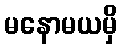
မနောမယမှိ